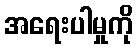
အရေးပါမှုကို